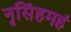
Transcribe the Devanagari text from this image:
नृसिंहमहं